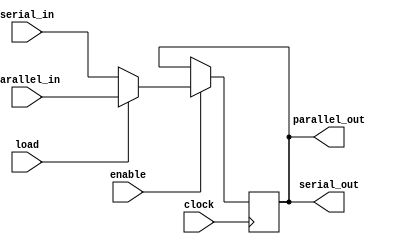
module shifter #(
	parameter depth = 0,
	parameter width = 0
)(
	input enable,
	input load,
	
	input [(depth*width)-1:0] parallel_in,
	input [width-1:0] serial_in,
	output [(depth*width)-1:0] parallel_out,
	output [width-1:0] serial_out,
	
	input clock
);

reg [(depth*width)-1:0] internal;

assign parallel_out = internal;
assign serial_out = internal[width-1:0];

integer i;

always @(posedge clock)
begin
	if(enable)
	begin
		internal[(depth*width)-1-:width] <= load
			? parallel_in[(depth*width)-1-:width]
			: serial_in;
		
		for(i = depth - 1; i > 0; i = i - 1)
			internal[(i*width)-1-:width] <= load
				? parallel_in[(i*width)-1-:width]
				: internal[((i+1)*width)-1-:width];
	end
end

endmodule